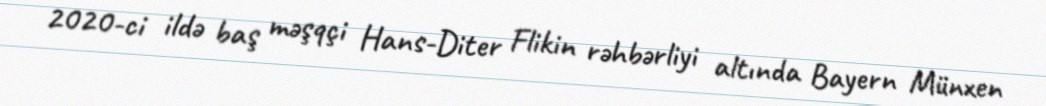
2020-ci ildə baş məşqçi Hans-Diter Flikin rəhbərliyi altında Bayern Münxen